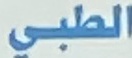
الطبي